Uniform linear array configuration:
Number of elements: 16
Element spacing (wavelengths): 0.75
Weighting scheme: uniform
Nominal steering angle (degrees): -15
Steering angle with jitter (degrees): -14.008
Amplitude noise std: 0.05
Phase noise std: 0.05

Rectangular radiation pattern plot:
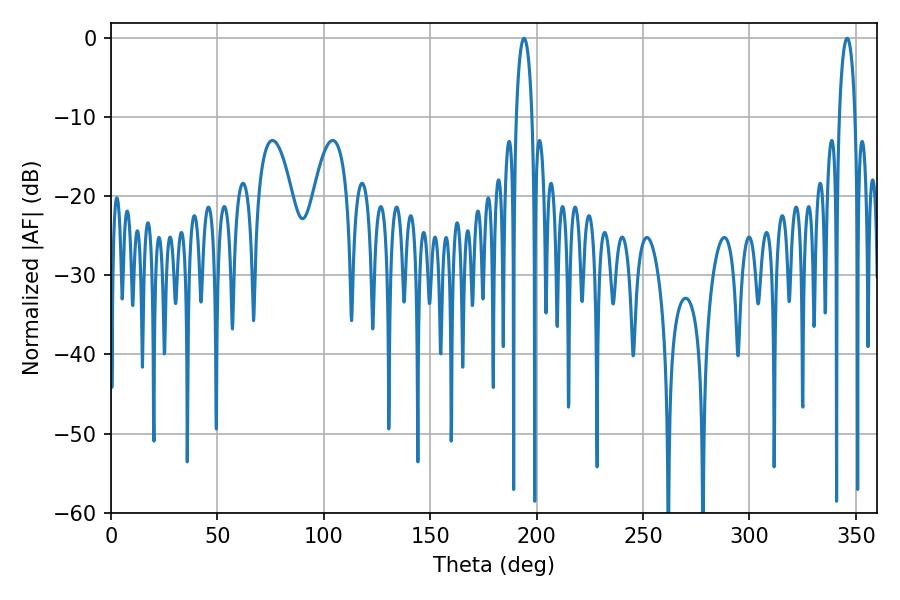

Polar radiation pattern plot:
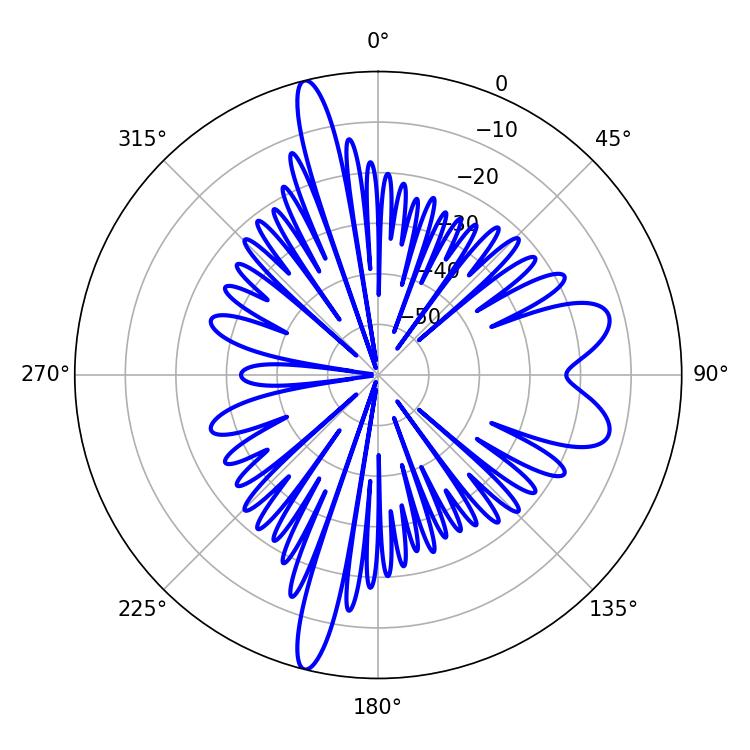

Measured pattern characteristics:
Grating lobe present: TRUE
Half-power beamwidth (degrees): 4.14
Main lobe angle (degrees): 194.04